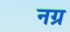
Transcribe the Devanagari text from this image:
नग्र